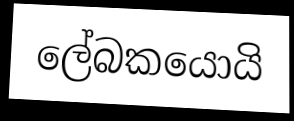
ලේබකයොයි